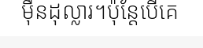
ម៉ឺនដុល្លារ។ប៉ុន្តែបើគេ